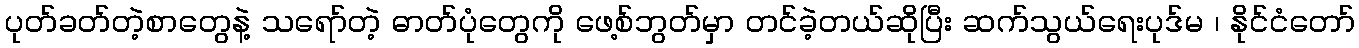
ပုတ်ခတ်တဲ့စာတွေနဲ့ သရော်တဲ့ ဓာတ်ပုံတွေကို ဖေ့စ်ဘွတ်မှာ တင်ခဲ့တယ်ဆိုပြီး ဆက်သွယ်ရေးပုဒ်မ ၊ နိုင်ငံတော်